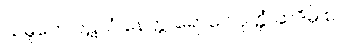
သမူဟေ ပဋလံ နေတ္တ၊ ရောဂေ ဝုတ္တံ ဆဒိမှိ စ။